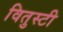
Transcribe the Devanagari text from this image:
वितुस्टी